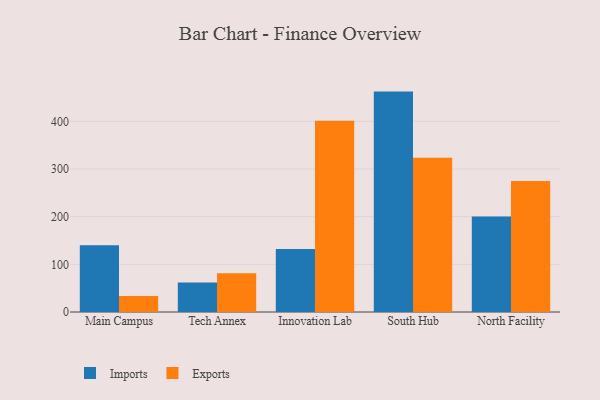
{"axis": {"x": "Campus", "y": "Market Share (%)"}, "legend": ["Exports", "Imports"], "data": [{"x": "Main Campus", "y": 140.0, "type": "Imports"}, {"x": "Main Campus", "y": 33.8, "type": "Exports"}, {"x": "Tech Annex", "y": 61.8, "type": "Imports"}, {"x": "Tech Annex", "y": 81.5, "type": "Exports"}, {"x": "Innovation Lab", "y": 132.3, "type": "Imports"}, {"x": "Innovation Lab", "y": 401.1, "type": "Exports"}, {"x": "South Hub", "y": 462.3, "type": "Imports"}, {"x": "South Hub", "y": 323.8, "type": "Exports"}, {"x": "North Facility", "y": 200.4, "type": "Imports"}, {"x": "North Facility", "y": 274.9, "type": "Exports"}]}